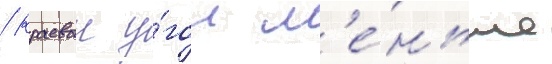
/ краевои у́гол м'е́ньше